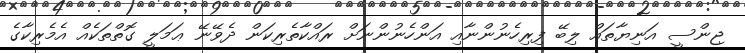
ޖިންސީ އަނިޔާތައް ލިބޭ ފިރިހެނުންނާއި އަންހެނުންނަށް ރައްކާތެރިކަން ދެވޭނޭ ޢަމަލީ ގޮތްތަކެއް އެމެރިކާގެ